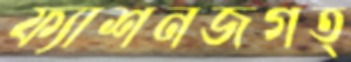
ফ্যাশনজগত্